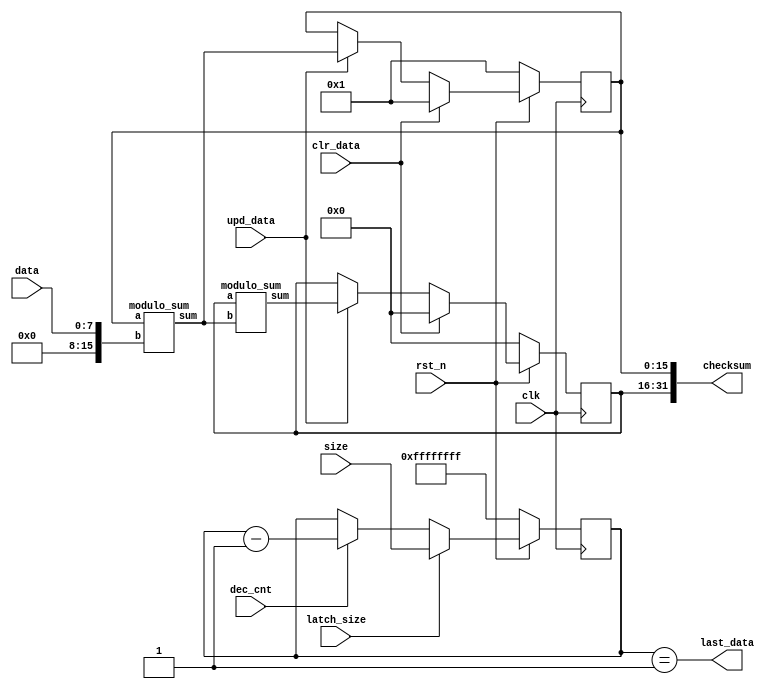
module datapath (
  input         rst_n, clk,
  input  [31:0] size,
  input         latch_size,
  input  [ 7:0] data,
  input         upd_data,
  input         clr_data,
  input         dec_cnt,
  output        last_data,
  output [31:0] checksum
);

  reg  [15:0] A, B;
  reg  [31:0] size_cnt;
  wire [15:0] modulo_add_A, modulo_add_B;

  // checksum output
  assign checksum = { B, A };

  // A register
  always @( posedge clk )
    if( !rst_n )
      A <= 1;
    else
      if( clr_data )
        A <= 1;
      else
        if( upd_data )
          A <= modulo_add_A;
        else
          A <= A;

  // B register
  always @( posedge clk )
    if( !rst_n )
      B <= 0;
    else
      if( clr_data )
        B <= 0;
      else
        if( upd_data )
          B <= modulo_add_B;
        else
          B <= B;

  // size counter
  always @( posedge clk )
    if( !rst_n )
      size_cnt <= 32'hffffffff;
    else
      if( latch_size )
        size_cnt <= size;
      else
        if( dec_cnt )
          size_cnt <= size_cnt - 1;
        else
          size_cnt <= size_cnt;

  assign last_data = ( size_cnt == 32'h00000001 );

  modulo_sum sum_A (
    A, {8'h00, data}, modulo_add_A );

  modulo_sum sum_B (
    B, modulo_add_A, modulo_add_B );

endmodule

module modulo_sum(
  input      [15:0] a, b,
  output reg [15:0] sum
);

  reg [16:0] tmp_sum;

  always @( a, b ) begin
    tmp_sum = a + b;
    if( tmp_sum >= 65521 )
      sum = tmp_sum - 65521;
    else
      sum = tmp_sum;
  end

endmodule